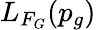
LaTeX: L_{F_{G}}(p_{g})